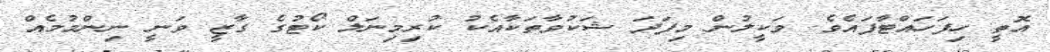
އޮތީ ހިފަހައްޓާފައެވެ. ވަކީލުން މިފަދަ ޝަކުވާތަކާއެކު ކުރިމިނަލް ކޯޓުގެ ގާޒީ ވަނީ ނިންމުމެއް